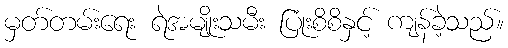
မှတ်တမ်းရေး ရဲအမျိုးသမီး ပြုံးစိစိနှင့် ကျန်ခဲ့သည်။